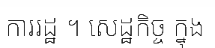
ការរដ្ឋ ។ សេដ្ឋកិច្ច ក្នុង